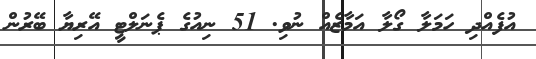
އުފެއްދި ހަމަލާ ގޯލާ އަމާޒެއް ނުވި. 51 ނިއުގެ ޕެނަލްޓީ އޭރިޔާ ބޭރުން